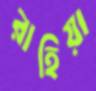
রাহিয়া